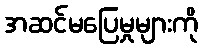
အဆင်မပြေမှုများကို